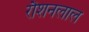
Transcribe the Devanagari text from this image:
रौशनलाल